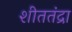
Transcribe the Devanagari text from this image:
शीततंद्रा